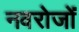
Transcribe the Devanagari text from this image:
नवरोजों